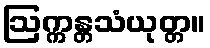
ဩက္ကန္တသံယုတ္တ။